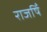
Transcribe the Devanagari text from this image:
राजषिँ